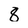
Character: 8